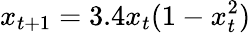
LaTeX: x_{t+1}=3.4x_{t}(1-x_{t}^{2})